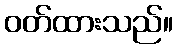
ဝတ်ထားသည်။